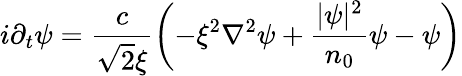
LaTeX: i\partial_{t}\psi=\frac{c}{\sqrt{2}\xi}\left(-\xi^{2}\nabla^{2}\psi+\frac{|\psi|^{2}}{n_{0}}\psi-\psi\right)